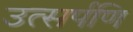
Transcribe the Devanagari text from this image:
उत्सर्पणि